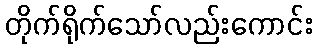
တိုက်ရိုက်သော်လည်းကောင်း